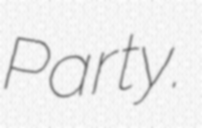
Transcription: Party.